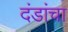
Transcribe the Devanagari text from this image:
दंडांचा